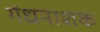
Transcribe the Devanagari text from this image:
गंधनाशक